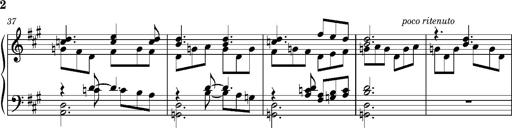
Title: PriÃ¨re d'un enfant Ã  son rÃ©veil
Composer: Franz Liszt
Key: A major